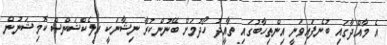
އެ މާއްދާގައި ބުނެފައިވަނީ އިންތިހާބުގައި ތާއީދު ހޯދުމަށް ބޭނުންކުރާ ނިޝާނަކީ އިލެކްޝަންސް ކޮމިޝަނުން